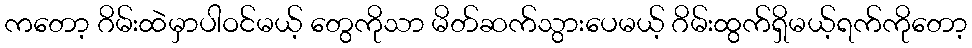
ကတော့ ဂိမ်းထဲမှာပါဝင်မယ့် တွေကိုသာ မိတ်ဆက်သွားပေမယ့် ဂိမ်းထွက်ရှိမယ့်ရက်ကိုတော့